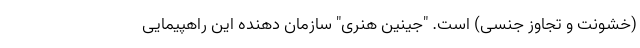
(خشونت و تجاوز جنسی) است. "جینین هنری" سازمان دهنده این راهپیمایی